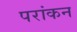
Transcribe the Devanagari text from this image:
परांकन